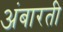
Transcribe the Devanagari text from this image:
अंबारती